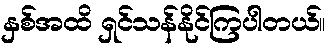
နှစ်အထိ ရှင်သန်နိုင်ကြပါတယ်။